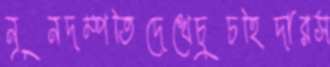
নূনদম্পতিদেখেচুচহিদারস